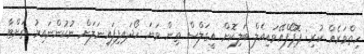
ހިތްވަރެއް ކުރި: ޕޮޕޯފްއޭވައިއެލް ބަލިކޮށް އީގަލްސް ތިން ވަނަ ހޯދައިފިފައިނަލަށް ނުކުންނައިރު ތަށްޓާ